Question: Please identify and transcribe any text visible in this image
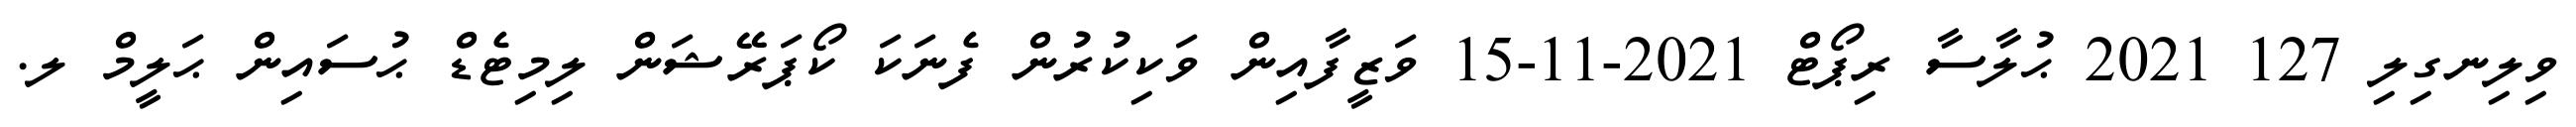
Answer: ވިލިނގިލި 127 2021 ޙުލާސާ ރިޕޯޓް 2021-11-15 ވަޒީފާއިން ވަކިކުރުން ފެނަކަ ކޯޕަރޭޝަން ލިމިޓެޑް ޙުސައިން ޙަލީމް ލ.